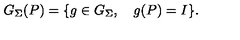
G _ { \Sigma } ( P ) = \{ g \in G _ { \Sigma } , \quad g ( P ) = I \} .